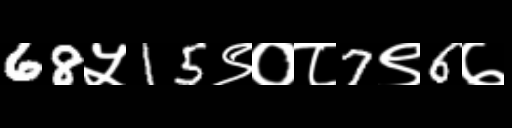
Text: 68५15९०८7९6७